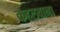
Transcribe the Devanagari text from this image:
कहलवाना